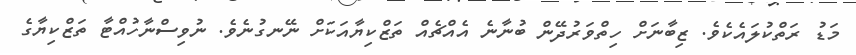
މަޑު ރަތްކުލައެކެވެ. ޒިބާނަށް ހިތްވަރުދޭން ބުނާނެ އެއްޗެއް ތަޒްކިޔާއަކަށް ނޭނގުނެވެ. ނުވިސްނާހުއްޓާ ތަޒްކިޔާގެ